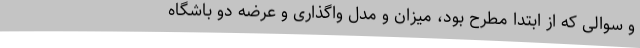
و سوالی که از ابتدا مطرح بود، میزان و مدل واگذاری و عرضه دو باشگاه